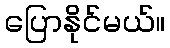
ပြောနိုင်မယ်။